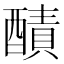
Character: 𨢦